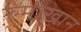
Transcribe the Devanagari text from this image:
रुमीखान